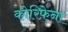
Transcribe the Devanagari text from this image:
कोरिफ़ेना